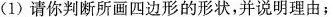
(1)请你判断所画四边形的形状，并说明理由；